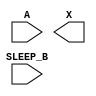
module sky130_fd_sc_hvl__lsbuflv2hv_clkiso_hlkg (
    //# {{data|Data Signals}}
    input  A      ,
    output X      ,

    //# {{power|Power}}
    input  SLEEP_B
);

    // Voltage supply signals
    supply1 VPWR ;
    supply0 VGND ;
    supply1 LVPWR;
    supply1 VPB  ;
    supply0 VNB  ;

endmodule